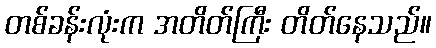
တစ်ခန်းလုံးက အတိတ်ကြီး တိတ်နေသည်။